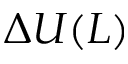
\Delta U ( L )